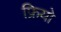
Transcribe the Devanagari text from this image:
फ्रियो